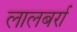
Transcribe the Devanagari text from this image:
लालबर्रा